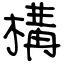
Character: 構